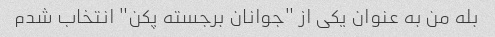
بله من به عنوان یکی از "جوانان برجسته پکن" انتخاب شدم